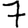
Digit: 7